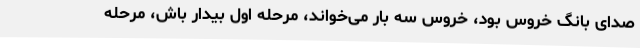
صدای بانگ خروس بود، خروس سه بار می‌خواند، مرحله اول بیدار باش، مرحله